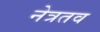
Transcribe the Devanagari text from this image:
नेत्रतव